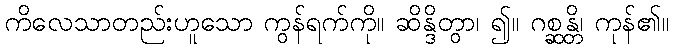
ကိလေသာတည်းဟူသော ကွန်ရက်ကို။ ဆိန္ဒိတွာ၊ ၍။ ဂစ္ဆန္တိ၊ ကုန်၏။